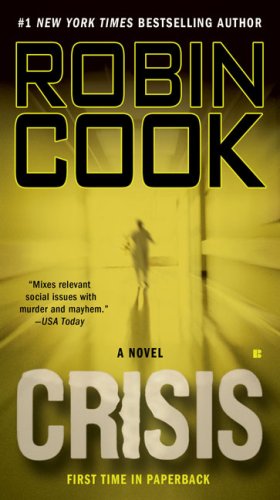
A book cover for Crisis; Robin Cook; Mystery, Thriller & Suspense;